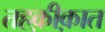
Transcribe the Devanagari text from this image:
तहक़ीक़ात